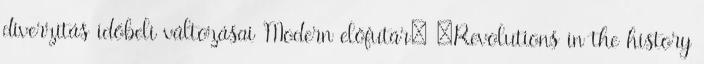
diverzitás időbeli változásai Modern előfutár: „Revolutions in the history